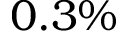
0 . 3 \%